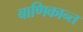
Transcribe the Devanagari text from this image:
बाणिकान्त